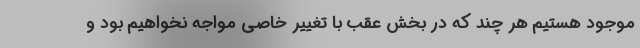
موجود هستیم هر چند که در بخش عقب با تغییر خاصی مواجه نخواهیم بود و